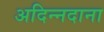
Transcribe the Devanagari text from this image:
अदिन्नदाना